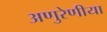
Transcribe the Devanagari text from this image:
अणुरेणीया